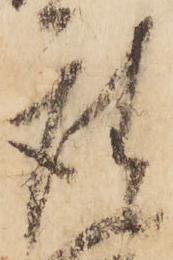
座